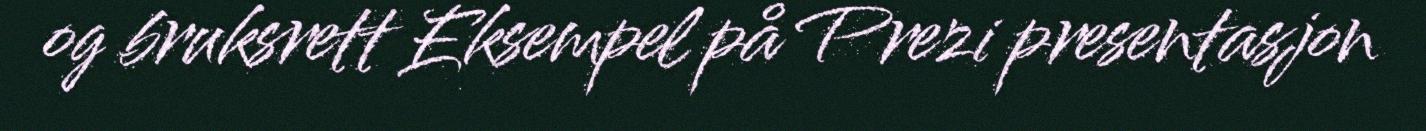
og bruksrett Eksempel på Prezi presentasjon